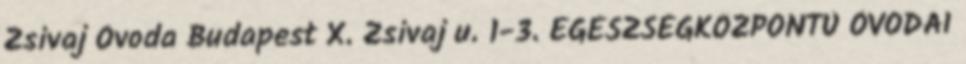
Zsivaj Óvoda Budapest X. Zsivaj u. 1-3. EGÉSZSÉGKÖZPONTÚ ÓVODAI